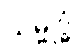
သမ္ဗုဒ္ဓံ